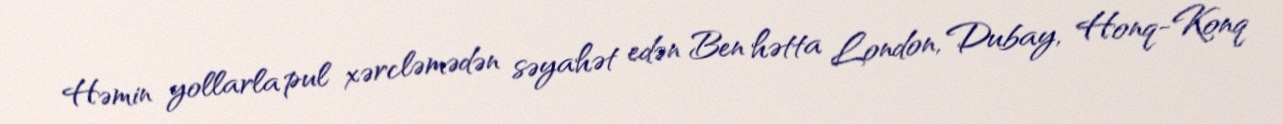
Həmin yollarla pul xərcləmədən səyahət edən Ben hətta London, Dubay, Honq-Konq